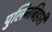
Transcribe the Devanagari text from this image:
पुलिनबिहारी